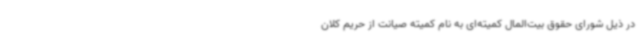
در ذیل شورای حقوق بیت‌المال کمیته‌ای به نام کمیته صیانت از حریم کلان